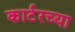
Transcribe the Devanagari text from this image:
कार्टरच्या